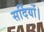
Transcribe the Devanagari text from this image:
सर्दियों।